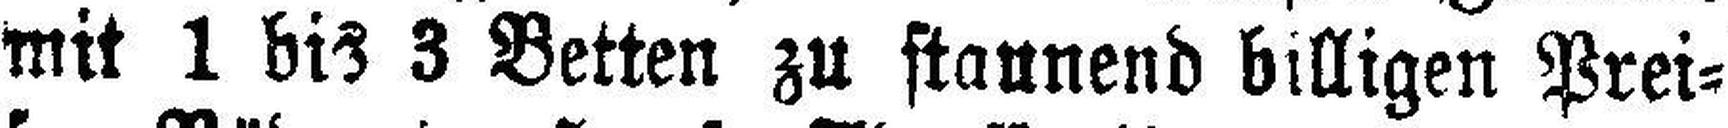
mit 1 bis 3 Betten zu staunend billigen Prei¬